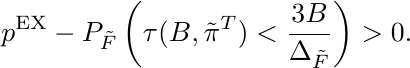
\begin{equation*}
    p^{\text{EX}} - P_{\tilde{F}}\left(\tau(B, \tilde{\pi}^T)< \frac{3B}{\Delta_{\tilde{F}}}\right) > 0.
\end{equation*}